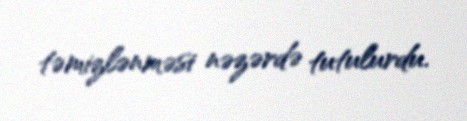
təmizlənməsi nəzərdə tutulurdu.